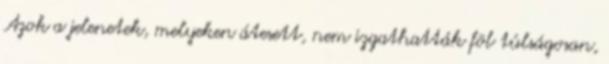
Azok a jelenetek, melyeken átesett, nem izgathatták föl túlságosan,